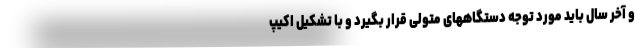
و آخر سال باید مورد توجه دستگاههای متولی قرار بگیرد و با تشکیل اکیپ